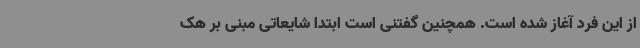
از این فرد آغاز شده است. همچنین گفتنی است ابتدا شایعاتی مبنی بر هک